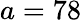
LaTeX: a=78